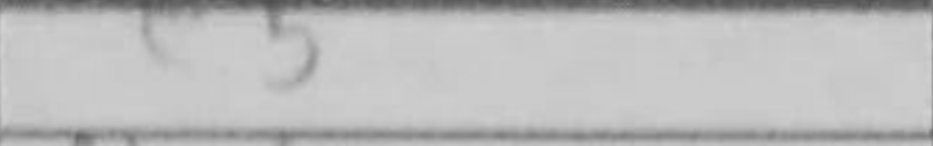
Transcription: e5